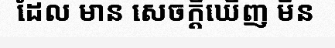
ដែល មាន សេចក្តីឃើញ មិន